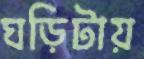
ঘড়িটায়